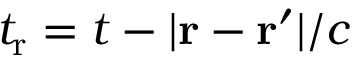
t _ { \mathrm r } = t - | \mathbf r - \mathbf r ^ { \prime } | / c